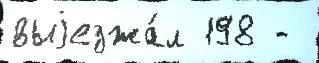
выjезжа́л 198 -